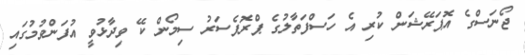
ޖޯނަސްގެ އޮޕަރޭޝަން ކުރި އެ ހަސްފަތާލުގެ ޕްރޮފެސަރު ސިމޯން ކޭ ވިދާޅުވީ އުފަންވުމުގައި